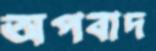
অপবাদ